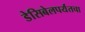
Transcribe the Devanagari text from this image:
डेसिबेलपर्यंतचा